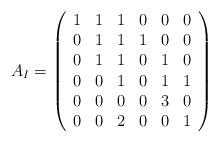
LaTeX: \begin{align*}A_I =\left(\begin{array}{cccccc}1 & 1 & 1 & 0 & 0 & 0 \\0 & 1 & 1 & 1 & 0 & 0 \\0 & 1 & 1 & 0 & 1 & 0 \\0 & 0 & 1 & 0 & 1 & 1 \\0 & 0 & 0 & 0 & 3 & 0 \\0 & 0 & 2 & 0 & 0 & 1 \\\end{array}\right)\end{align*}